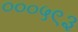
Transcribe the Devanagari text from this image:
०००५९३